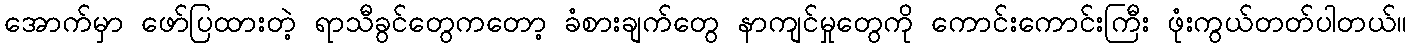
အောက်မှာ ဖော်ပြထားတဲ့ ရာသီခွင်တွေကတော့ ခံစားချက်တွေ နာကျင်မှုတွေကို ကောင်းကောင်းကြီး ဖုံးကွယ်တတ်ပါတယ်။